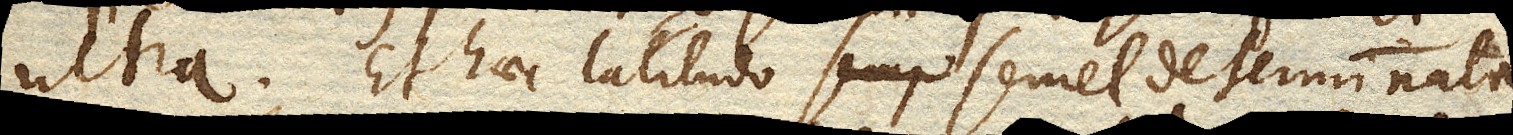
ultra. Et haec latitudo semel determinata